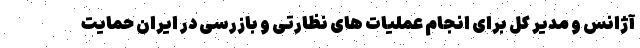
آژانس و مدیر کل برای انجام عملیات های نظارتی و بازرسی در ایران حمایت